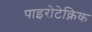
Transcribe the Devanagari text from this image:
पाइरोटेक्निक